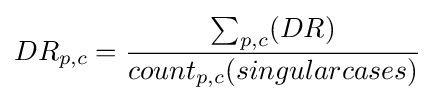
DR_{p,c}={\frac {\sum _{p,c}(DR)}{count_{p,c}(singularcases)}}